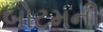
બોટમની